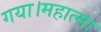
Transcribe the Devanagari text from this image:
गया।महात्मा